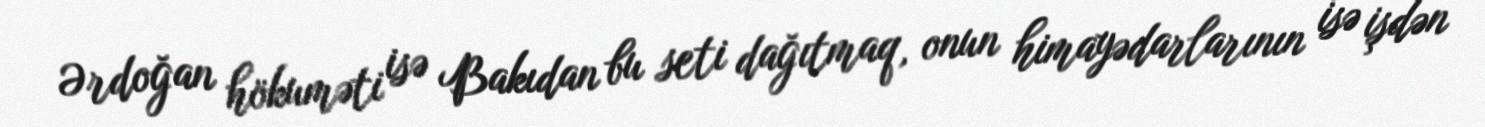
Ərdoğan hökuməti isə Bakıdan bu seti dağıtmaq, onun himayədarlarının isə işdən